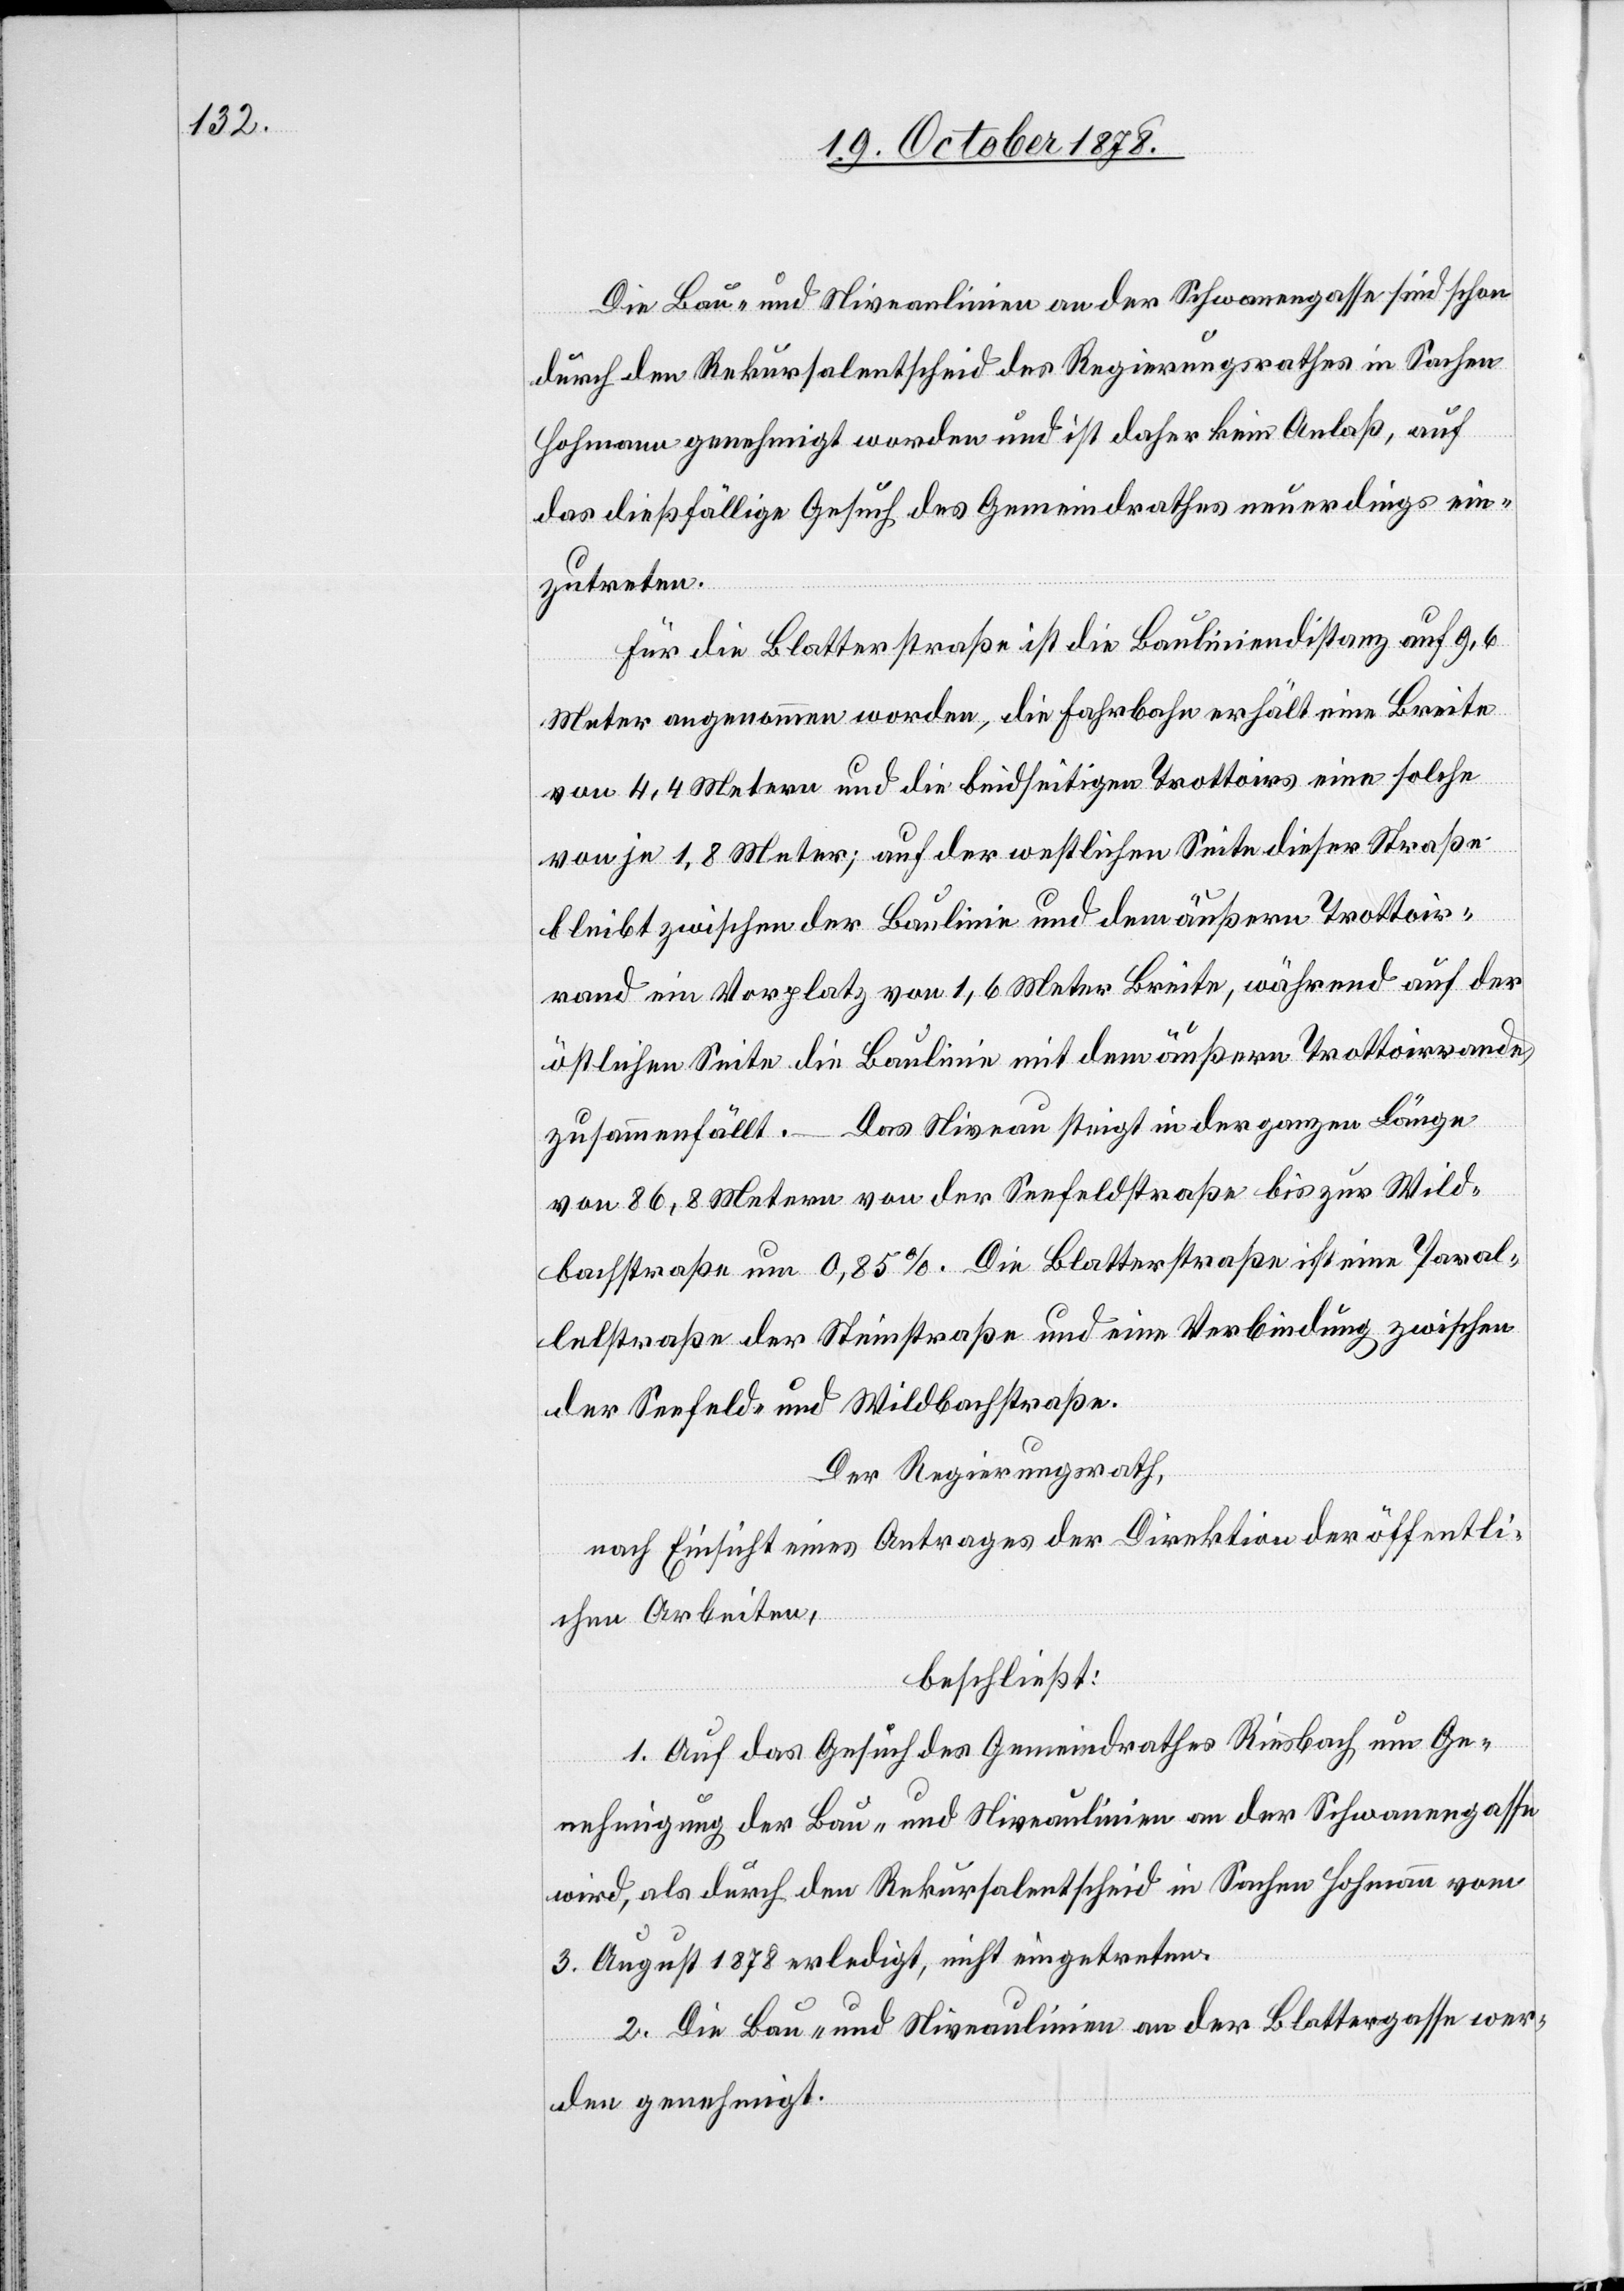
Die Bau- und Niveaulinien an der Schwanengasse sind schon
durch den Rekursalentscheid des Regierungsrathes in Sachen
Hohmann genehmigt worden und ist daher kein Anlaß, auf
das dießfällige Gesuch des Gemeindrathes neuerdings ein¬
zutreten.
Für die Blatterstraße ist die Bauliniendistanz auf 9,6
Meter angenommen worden, die Fahrbahn erhält eine Breite
von 4,4 Metern und die beidseitigen Trottoirs eine solche
von je 1,8 Meter; auf der westlichen Seite dieser Straße
bleibt zwischen der Baulinie und dem äußern Trottoir¬
rand ein Vorplatz von 1,6 Meter Breite, während auf der
östlichen Seite die Baulinie mit dem äußern Trottoirrande
zusammenfällt. Das Niveau steigt in der ganzen Länge
von 86,8 Metern von der Seefeldstraße bis zur Wald¬
bachstraße um 0,85%. Die Blatterstraße ist eine Paral¬
lelstraße der Steinstraße und eine Verbindung zwischen
der Seefeld- und Wildbachstraße.
Der Regierungsrath,
nach Einsicht eines Antrages der Direktion der öffentli¬
chen Arbeiten,
beschließt:
1. Auf das Gesuch des Gemeindrathes Riesbach um Ge¬
nehmigung der Bau- und Niveaulinien an der Schwanengasse
wird, als durch den Rekursalentscheid in Sachen Hohmann vom
3. August 1878 erledigt, nicht eingetreten.
2. Die Bau- und Niveaulinien an der Blattergasse wer¬
den genehmigt.